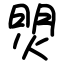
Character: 焽